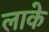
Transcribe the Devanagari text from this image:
लाके